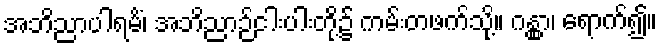
အဘိညာပါရမိံ၊ အဘိညာဉ်ငါးပါးတို့၌ ကမ်းတဖက်သို့။ ဂန္တွာ၊ ရောက်၍။